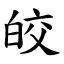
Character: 皎